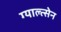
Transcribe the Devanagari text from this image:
ग्याल्त्सेन